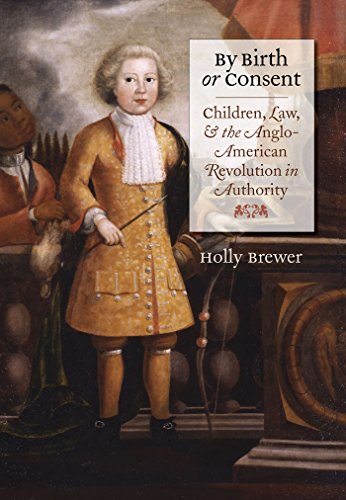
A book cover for By Birth or Consent: Children, Law, and the Anglo-American Revolution in Authority (Published for the Omohundro Institute of Early American History and Culture, Williamsburg, Virginia); Holly Brewer; Law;